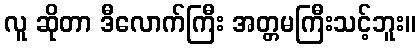
လူ ဆိုတာ ဒီလောက်ကြီး အတ္တမကြီးသင့်ဘူး။